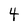
Character: 4